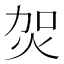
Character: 𤇞